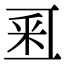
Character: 𨤏